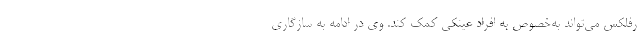
رفلکس می‌تواند به‌خصوص به افراد عینکی کمک کند. وی در ادامه به سازگاری